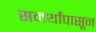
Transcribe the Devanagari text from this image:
समर्थांपासून